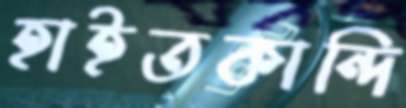
হাইতকান্দি